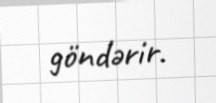
göndərir.